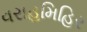
વરાહમિહિર